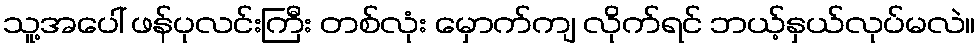
သူ့အပေါ် ဖန်ပုလင်းကြီး တစ်လုံး မှောက်ကျ လိုက်ရင် ဘယ့်နှယ်လုပ်မလဲ။